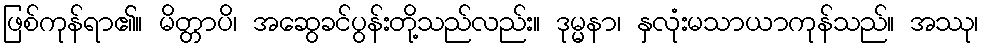
ဖြစ်ကုန်ရာ၏။ မိတ္တာပိ၊ အဆွေခင်ပွန်းတို့သည်လည်း။ ဒုမ္မနာ၊ နှလုံးမသာယာကုန်သည်။ အဿု၊